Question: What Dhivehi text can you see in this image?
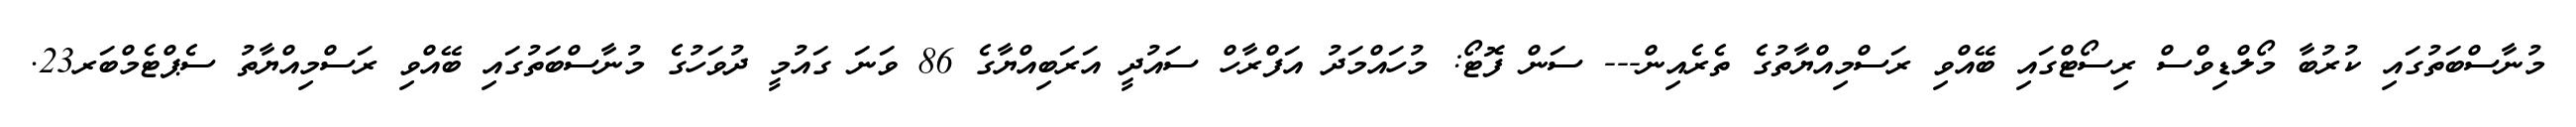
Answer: މުނާސްބަތުގައި ކުރުބާ މޯލްޑިވްސް ރިސޯޓްގައި ބޭއްވި ރަސްމިއްޔާތުގެ ތެރެއިން--- ސަން ފޮޓޯ: މުހައްމަދު އަފްރާހް ސައުދީ އަރަބިއްޔާގެ 86 ވަނަ ގައުމީ ދުވަހުގެ މުނާސްބަތުގައި ބޭއްވި ރަސްމިއްޔާތު ސެޕްޓެމްބަރ23.